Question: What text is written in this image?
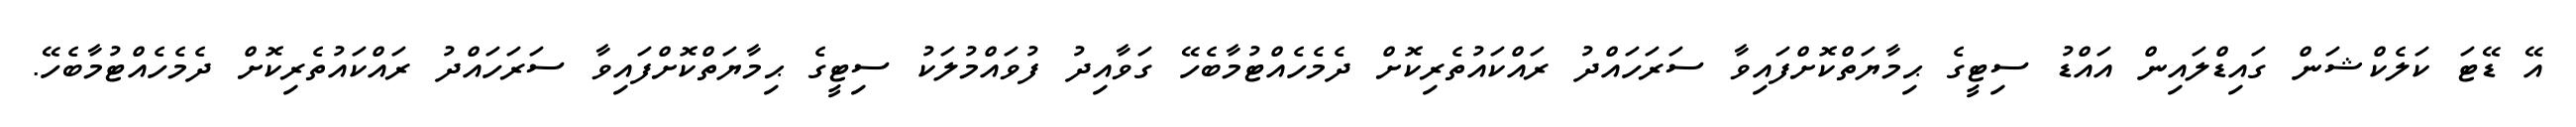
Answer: އޭ ޑޭޓަ ކަލެކްޝަން ގައިޑްލައިން އައްޑު ސިޓީގެ ޙިމާޔަތްކޮށްފައިވާ ސަރަހައްދު ރައްކައުތެރިކޮށް ދެމެހެއްޓުމާބެހޭ ގަވާއިދު ފުވައްމުލަކު ސިޓީގެ ޙިމާޔަތްކޮށްފައިވާ ސަރަހައްދު ރައްކައުތެރިކޮށް ދެމެހެއްޓުމާބެހޭ.